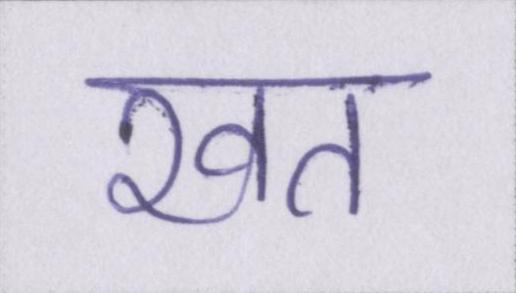
खत